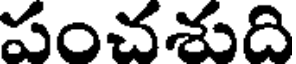
పంచశుది